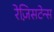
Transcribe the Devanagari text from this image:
रेज़िसटेन्स